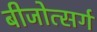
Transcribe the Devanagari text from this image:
बीजोत्सर्ग